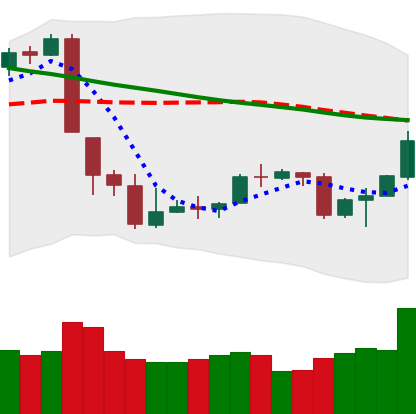
Ticker: BTC-USD
Chart end date: 2018-09-21
Forward return: -3.563%
Label: down_3_5